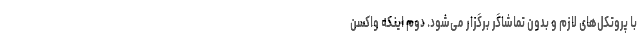
با پروتکل‌های لازم و بدون تماشاگر برگزار می‌شود. دوم اینکه واکسن